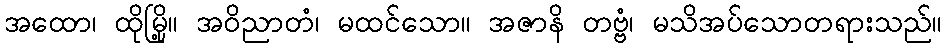
အထော၊ ထိုမြို့။ အဝိညာတံ၊ မထင်သော။ အဇာနိ တဗ္ဗံ၊ မသိအပ်သောတရားသည်။